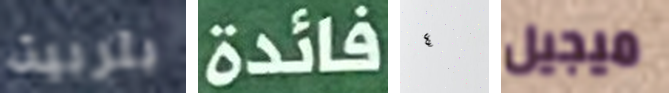
بتربية فائدة ٤ ميجيل